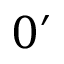
0 ^ { \prime }